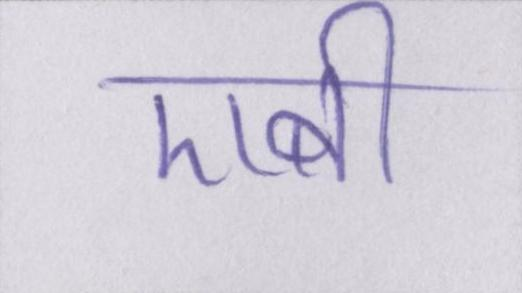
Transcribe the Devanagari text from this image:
एबी